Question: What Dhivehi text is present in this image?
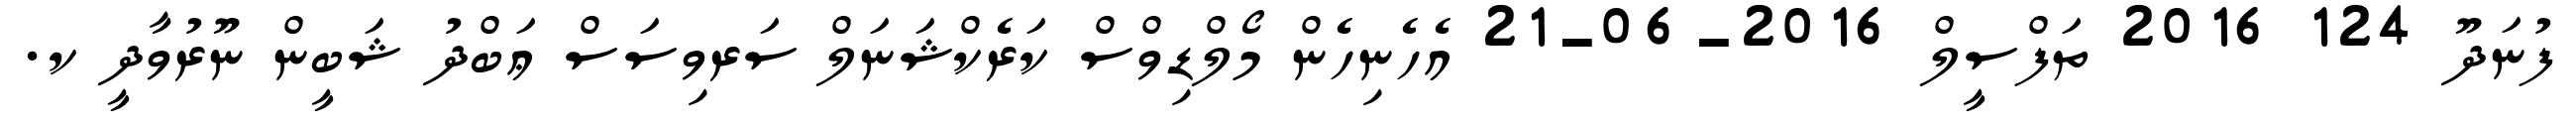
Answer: ފުނަދޫ 124 2016 ތަފްސީލް 2016-06-21 އެހެނިހެން މޯލްޑިވްސް ކަރެކްޝަނަލް ސަރވިސަސް ޢަބްދު ޝަބީން ނޫރުވާދީ ކ.